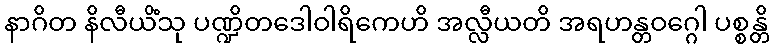
နာဂိတ နိလီယိံသု ပဏ္ဍိတဒေါဝါရိကေဟိ အလ္လီယတိ အရဟန္တဝဂ္ဂေါ ပစ္စန္တိ